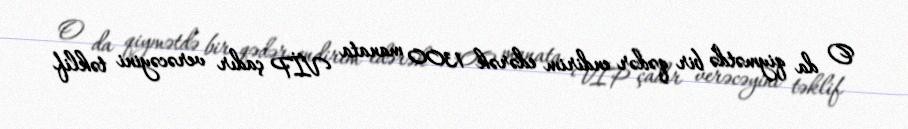
O da qiymətdə bir qədər endirim edərək 1300 manata VİP çadır verəcəyini təklif